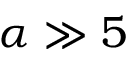
\alpha \gg 5